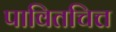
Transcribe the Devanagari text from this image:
पावितचित्त